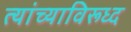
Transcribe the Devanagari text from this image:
त्यांच्याविरूध्द